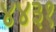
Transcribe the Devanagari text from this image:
४४३१